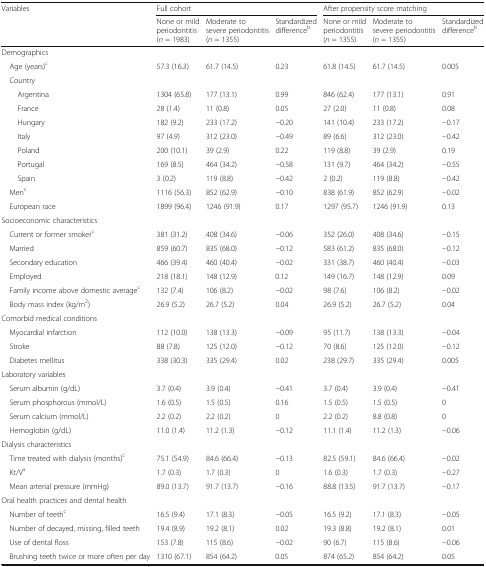
<table><thead><tr><td rowspan="2"><b>Variables</b></td><td colspan="3"><b>Full cohort</b></td><td colspan="3"><b>After propensity score matching</b></td></tr><tr><td><b>None or mild periodontitis(<i>n</i> = 1983)</b></td><td><b>Moderate to severe periodontitis(<i>n</i> = 1355)</b></td><td><b>Standardized difference<sup>b</sup></b></td><td><b>None or mild periodontitis(<i>n</i> = 1355)</b></td><td><b>Moderate to severe periodontitis(<i>n</i> = 1355)</b></td><td><b>Standardized difference<sup>b</sup></b></td></tr></thead><tbody><tr><td colspan="7">Demographics</td></tr><tr><td> Age (years)<sup>c</sup></td><td>57.3 (16.3)</td><td>61.7 (14.5)</td><td>0.23</td><td>61.8 (14.5)</td><td>61.7 (14.5)</td><td>0.005</td></tr><tr><td colspan="7"> Country</td></tr><tr><td>Argentina</td><td>1304 (65.8)</td><td>177 (13.1)</td><td>0.99</td><td>846 (62.4)</td><td>177 (13.1)</td><td>0.91</td></tr><tr><td>France</td><td>28 (1.4)</td><td>11 (0.8)</td><td>0.05</td><td>27 (2.0)</td><td>11 (0.8)</td><td>0.08</td></tr><tr><td>Hungary</td><td>182 (9.2)</td><td>233 (17.2)</td><td>−0.20</td><td>141 (10.4)</td><td>233 (17.2)</td><td>−0.17</td></tr><tr><td>Italy</td><td>97 (4.9)</td><td>312 (23.0)</td><td>−0.49</td><td>89 (6.6)</td><td>312 (23.0)</td><td>−0.42</td></tr><tr><td>Poland</td><td>200 (10.1)</td><td>39 (2.9)</td><td>0.22</td><td>119 (8.8)</td><td>39 (2.9)</td><td>0.19</td></tr><tr><td>Portugal</td><td>169 (8.5)</td><td>464 (34.2)</td><td>−0.58</td><td>131 (9.7)</td><td>464 (34.2)</td><td>−0.55</td></tr><tr><td>Spain</td><td>3 (0.2)</td><td>119 (8.8)</td><td>−0.42</td><td>2 (0.2)</td><td>119 (8.8)</td><td>−0.42</td></tr><tr><td> Men<sup>c</sup></td><td>1116 (56.3)</td><td>852 (62.9)</td><td>−0.10</td><td>838 (61.9)</td><td>852 (62.9)</td><td>−0.02</td></tr><tr><td> European race</td><td>1899 (96.4)</td><td>1246 (91.9)</td><td>0.17</td><td>1297 (95.7)</td><td>1246 (91.9)</td><td>0.13</td></tr><tr><td colspan="7">Socioeconomic characteristics</td></tr><tr><td> Current or former smoker<sup>c</sup></td><td>381 (31.2)</td><td>408 (34.6)</td><td>−0.06</td><td>352 (26.0)</td><td>408 (34.6)</td><td>−0.15</td></tr><tr><td> Married</td><td>859 (60.7)</td><td>835 (68.0)</td><td>−0.12</td><td>583 (61.2)</td><td>835 (68.0)</td><td>−0.12</td></tr><tr><td> Secondary education</td><td>466 (39.4)</td><td>460 (40.4)</td><td>−0.02</td><td>331 (38.7)</td><td>460 (40.4)</td><td>−0.03</td></tr><tr><td> Employed</td><td>218 (18.1)</td><td>148 (12.9)</td><td>0.12</td><td>149 (16.7)</td><td>148 (12.9)</td><td>0.09</td></tr><tr><td> Family income above domestic average<sup>c</sup></td><td>132 (7.4)</td><td>106 (8.2)</td><td>−0.02</td><td>98 (7.6)</td><td>106 (8.2)</td><td>−0.02</td></tr><tr><td> Body mass index (kg/m<sup>2</sup>)</td><td>26.9 (5.2)</td><td>26.7 (5.2)</td><td>0.04</td><td>26.9 (5.2)</td><td>26.7 (5.2)</td><td>0.04</td></tr><tr><td colspan="7">Comorbid medical conditions</td></tr><tr><td> Myocardial infarction</td><td>112 (10.0)</td><td>138 (13.3)</td><td>−0.09</td><td>95 (11.7)</td><td>138 (13.3)</td><td>−0.04</td></tr><tr><td> Stroke</td><td>88 (7.8)</td><td>125 (12.0)</td><td>−0.12</td><td>70 (8.6)</td><td>125 (12.0)</td><td>−0.12</td></tr><tr><td> Diabetes mellitus</td><td>338 (30.3)</td><td>335 (29.4)</td><td>0.02</td><td>238 (29.7)</td><td>335 (29.4)</td><td>0.005</td></tr><tr><td colspan="7">Laboratory variables</td></tr><tr><td> Serum albumin (g/dL)</td><td>3.7 (0.4)</td><td>3.9 (0.4)</td><td>−0.41</td><td>3.7 (0.4)</td><td>3.9 (0.4)</td><td>−0.41</td></tr><tr><td> Serum phosphorous (mmol/L)</td><td>1.6 (0.5)</td><td>1.5 (0.5)</td><td>0.16</td><td>1.5 (0.5)</td><td>1.5 (0.5)</td><td>0</td></tr><tr><td> Serum calcium (mmol/L)</td><td>2.2 (0.2)</td><td>2.2 (0.2)</td><td>0</td><td>2.2 (0.2)</td><td>8.8 (0.8)</td><td>0</td></tr><tr><td> Hemoglobin (g/dL)</td><td>11.0 (1.4)</td><td>11.2 (1.3)</td><td>−0.12</td><td>11.1 (1.4)</td><td>11.2 (1.3)</td><td>−0.06</td></tr><tr><td colspan="7">Dialysis characteristics</td></tr><tr><td> Time treated with dialysis (months)<sup>c</sup></td><td>75.1 (54.9)</td><td>84.6 (66.4)</td><td>−0.13</td><td>82.5 (59.1)</td><td>84.6 (66.4)</td><td>−0.02</td></tr><tr><td> Kt/V<sup>a</sup></td><td>1.7 (0.3)</td><td>1.7 (0.3)</td><td>0</td><td>1.6 (0.3)</td><td>1.7 (0.3)</td><td>−0.27</td></tr><tr><td> Mean arterial pressure (mmHg)</td><td>89.0 (13.7)</td><td>91.7 (13.7)</td><td>−0.16</td><td>88.8 (13.5)</td><td>91.7 (13.7)</td><td>−0.17</td></tr><tr><td colspan="7">Oral health practices and dental health</td></tr><tr><td> Number of teeth<sup>c</sup></td><td>16.5 (9.4)</td><td>17.1 (8.3)</td><td>−0.05</td><td>16.5 (9.2)</td><td>17.1 (8.3)</td><td>−0.05</td></tr><tr><td> Number of decayed, missing, filled teeth</td><td>19.4 (8.9)</td><td>19.2 (8.1)</td><td>0.02</td><td>19.3 (8.8)</td><td>19.2 (8.1)</td><td>0.01</td></tr><tr><td> Use of dental floss</td><td>153 (7.8)</td><td>115 (8.6)</td><td>−0.02</td><td>90 (6.7)</td><td>115 (8.6)</td><td>−0.06</td></tr><tr><td> Brushing teeth twice or more often per day</td><td>1310 (67.1)</td><td>854 (64.2)</td><td>0.05</td><td>874 (65.2)</td><td>854 (64.2)</td><td>0.05</td></tr></tbody></table>